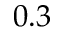
0 . 3